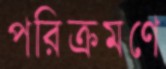
পরিক্রমণে